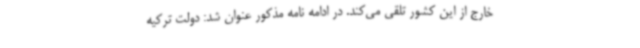
خارج از این کشور تلقی می‌کند. در ادامه نامه مذکور عنوان شد: دولت ترکیه